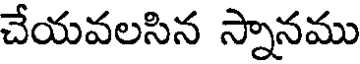
చేయవలసిన స్నానము